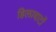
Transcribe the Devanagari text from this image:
हिलावाटों